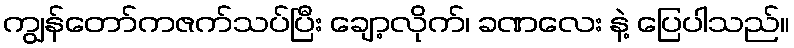
ကျွန်တော်ကဇက်သပ်ပြီး ချော့လိုက်၊ ခဏလေး နဲ့ ပြေပါသည်။